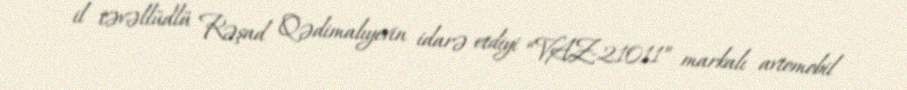
il təvəllüdlü Rəşad Qədimalıyevin idarə etdiyi “VAZ-21011” markalı avtomobil